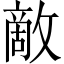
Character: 敵